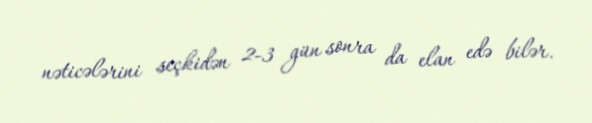
nəticələrini seçkidən 2-3 gün sonra da elan edə bilər.